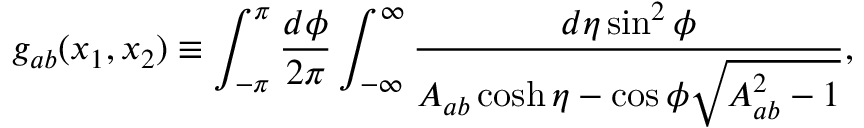
g _ { a b } ( x _ { 1 } , x _ { 2 } ) \equiv \int _ { - \pi } ^ { \pi } \frac { d \phi } { 2 \pi } \int _ { - \infty } ^ { \infty } \frac { d \eta \sin ^ { 2 } \phi } { A _ { a b } \cosh \eta - \cos \phi \sqrt { A _ { a b } ^ { 2 } - 1 } } ,